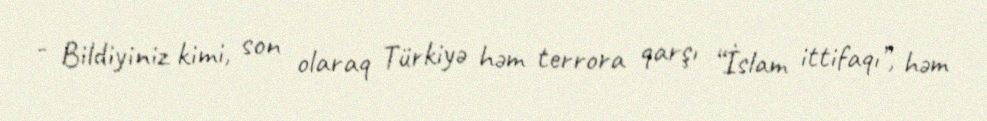
- Bildiyiniz kimi, son olaraq Türkiyə həm terrora qarşı “İslam ittifaqı”, həm